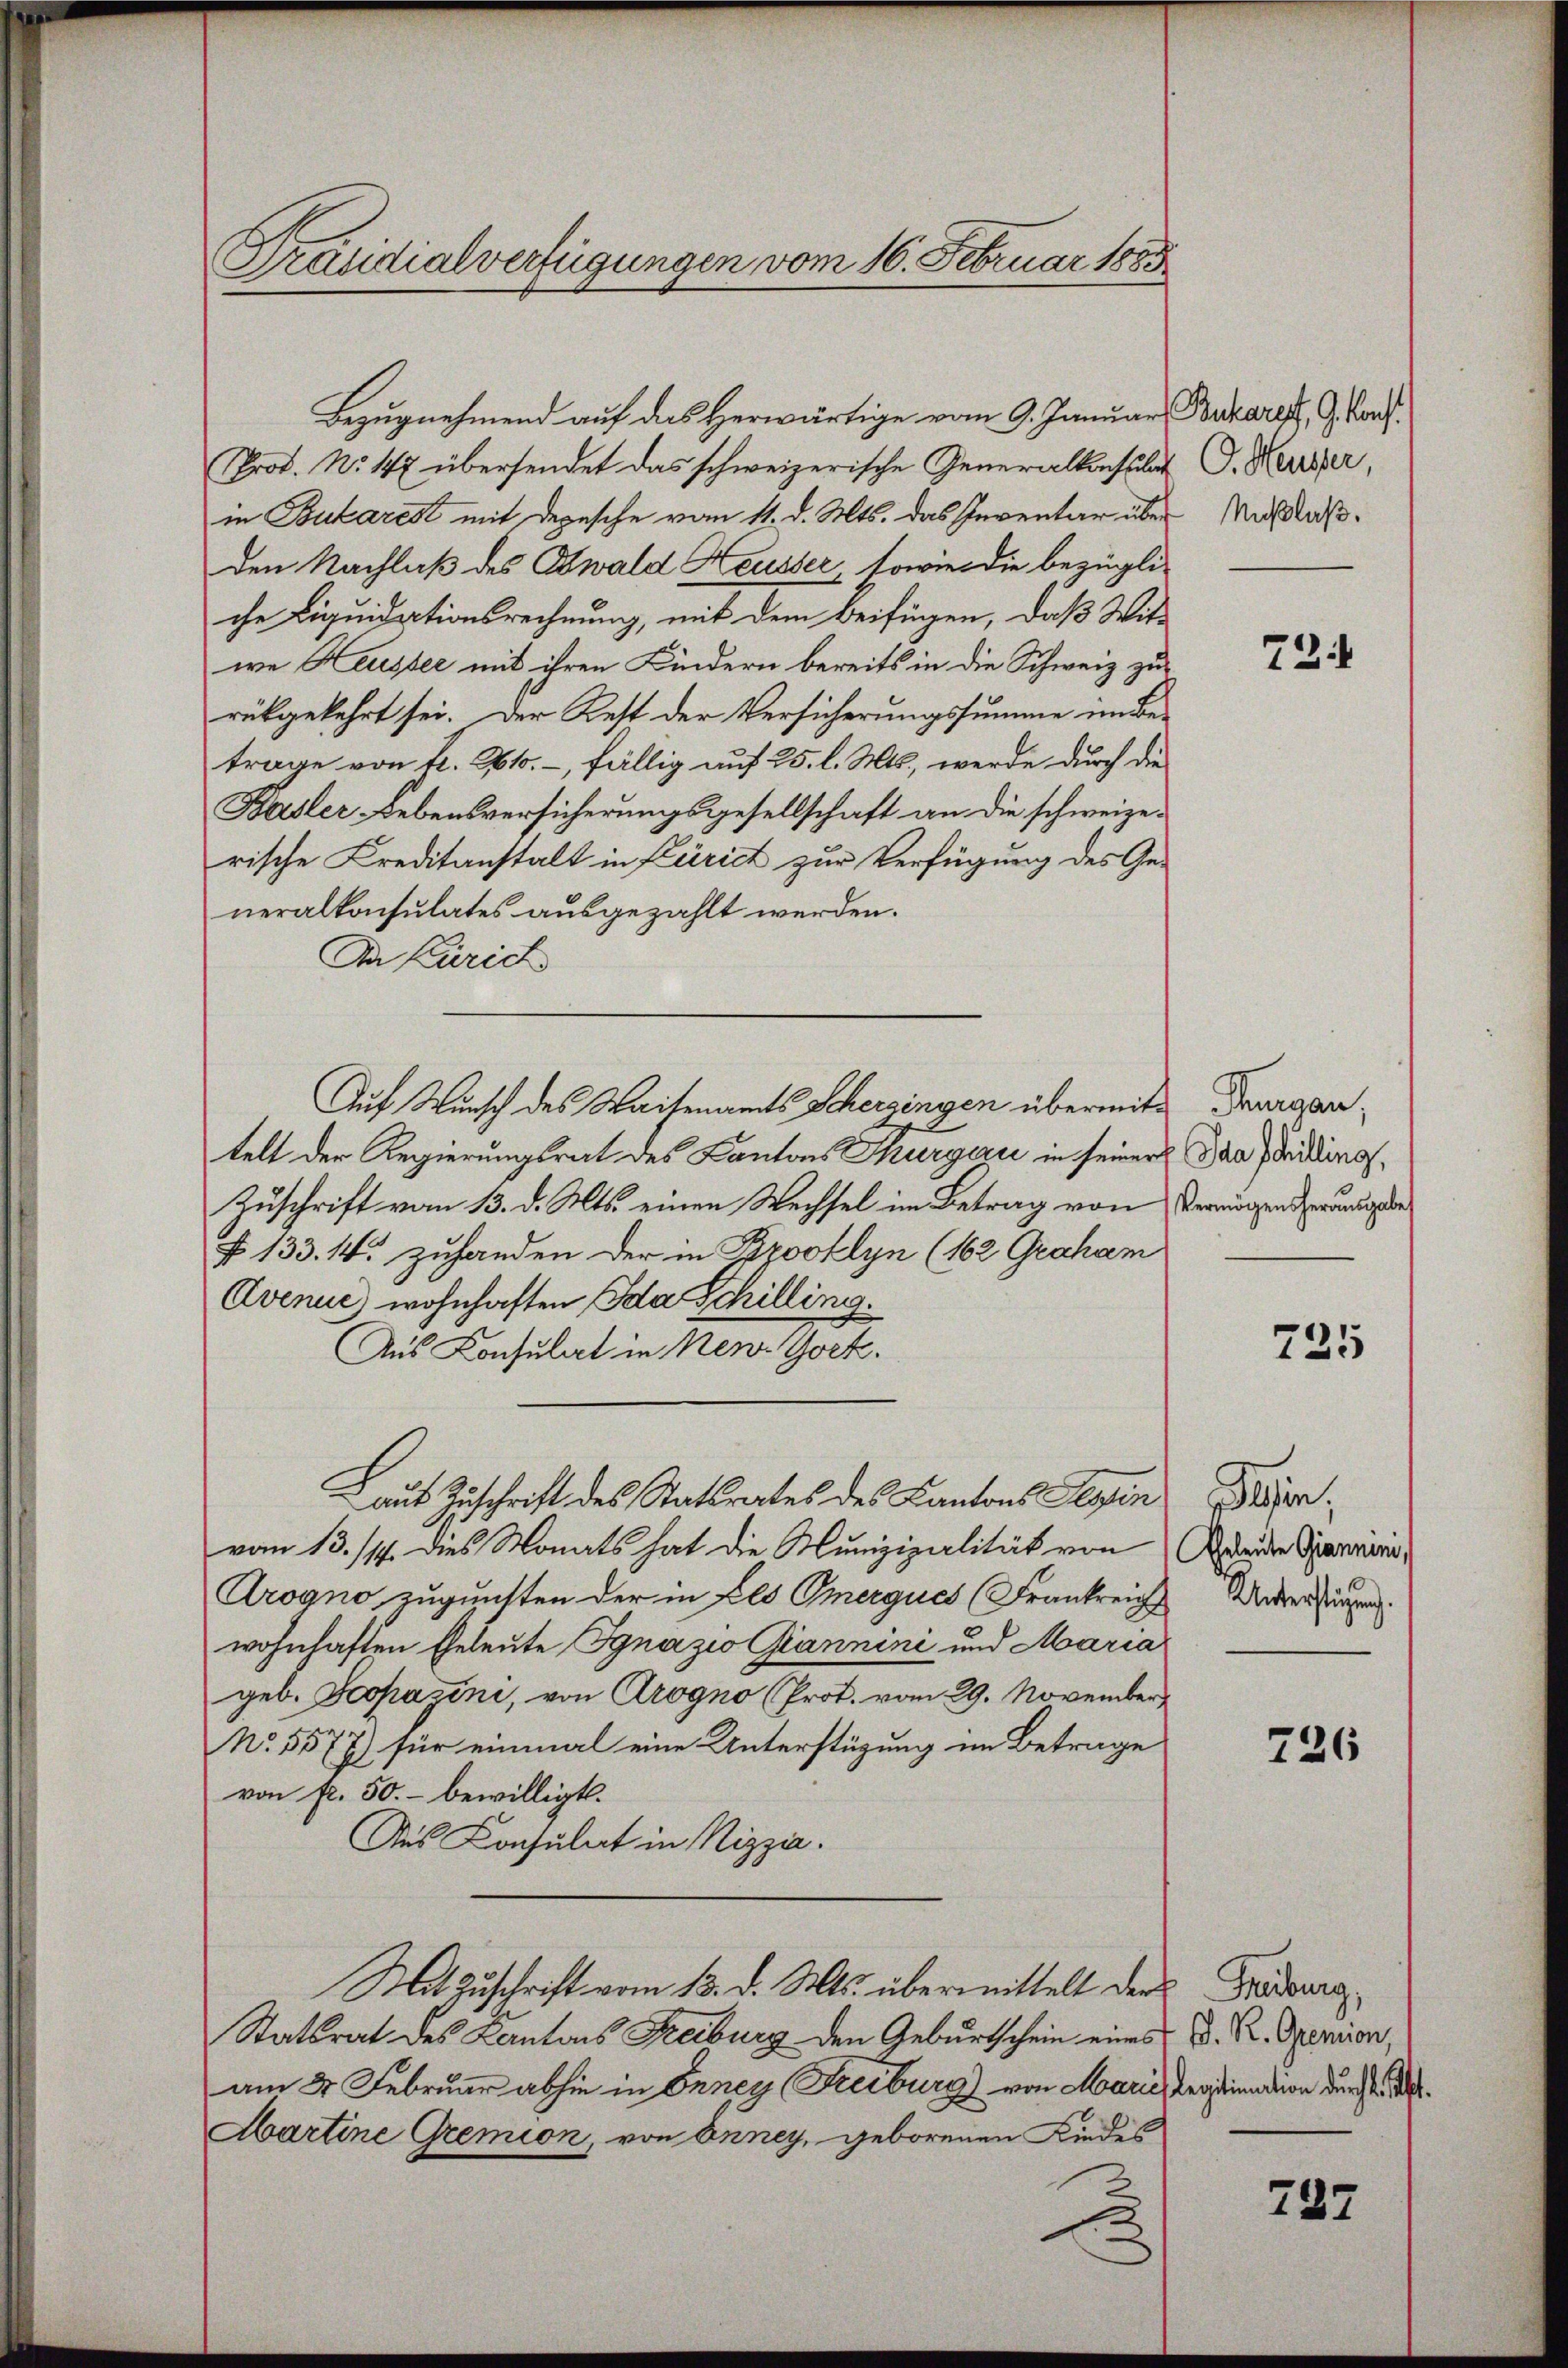
Sräsidialverfügungen vom 16. Februar 1883

Prof. No 147 übersendet das schweizerische Generalkonsulat V. Herrefer,
in Bularest mit Depesche vom 11. d. Mts. das Inventar über Misslaßden Nachlaß des Ewald Keusser, sowie die bezügli-
che Liquidationsrechnung, mit dem Beifügen, daß Wit-
we Heusser mit ihren Kindern bereits in die Schweiz zurükgekehrt sei. Der Rest der Versicherungssumme im Betrage von fl. 261. –, fällig auf 25 l. Mts., werde durch die
Basler Lebensversicherungsgesellschaft an die schweizerische Creditanstalt in Zürich zur Verfügung des Generalkonsulates ausgezahlt werden.
Dr Curich
Auf Wunsch des Waisenamts Scherzingen übermite dergantelt der Regierungsrat des Kantons Thurgau in seiner Baadridings¬
Zuschrift vom 13. d. Mts. einen Wechsel im Betrag von Vermögenderung de
§ 133. 44. zuhanden der in Brooklyn (162 Graham
Avenue wohnhaften Ida Schilling.
Aus Konsulat in New York.
 auf Zuschrift des Statsrates des Kantons Tessin
vom 13./14. dies Monats hat die Munizipalität von
Arogno zugunsten der in Els Omerques (Frankreich
wohnhaften Geleute Ignazio Giannini und Maria
geb. Scopazini, von Arogno (Prot. vom 29. November
No. 5577) für einmal eine Unterstüzung im Betrage
von fl. 50.- bewilligt.
Aus Konsulat in Nizzia.
Mit Zuschrift vom 13. d. Mts. übermittelt der Prädera
Stattrat des Kantons Freiburg den Geburtschein eines D. Pr. Opension,
am 4. Februar abhin in Ernen (Freiburg) von Marie, Regination durch d
Martine Gremion, von Enney, geborenen Kindes

Bezugnehmend auf das Herwärtige vom 9. Januar Bazaret, G. Konf

72

725

lsen,
Gheleute Giannini,
Unterstigung.

226

737